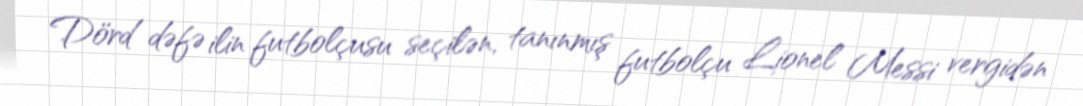
Dörd dəfə ilin futbolçusu seçilən, tanınmış futbolçu Lionel Messi vergidən